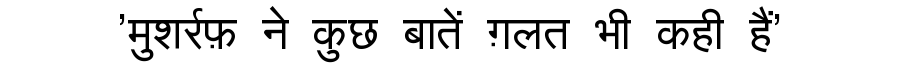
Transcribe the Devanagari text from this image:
'मुशर्रफ़ ने कुछ बातें ग़लत भी कही हैं'